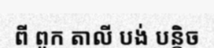
ពី ពួក តាលី បង់ បន្តិច